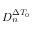
D _ { n } ^ { \Delta T _ { 0 } }